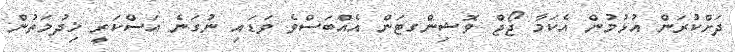
ދަށްކުރަން އުޅުމުން އެކަމާ ޖޯޖް ވޮޝިންގޓަން އެެއްބަސްވެ ވަޑައި ނުގަނެ އަސްކަރީ ޚިދުމަތުން